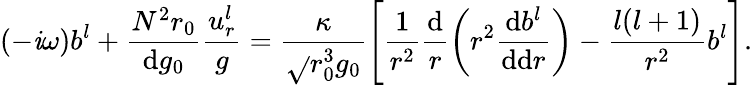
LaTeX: (-\mathit{i}\omega)b^{l}+\frac{{N^{2}r_{0}}}{{\mathrm{{d}}g_{0}}}\frac{{u_{r}^{l}}}{{g}}=\frac{{\kappa}}{{\sqrt{}{{r_{0}^{3}g_{0}}}}}\Bigg[\frac{{1}}{{r^{2}}}\frac{{\mathrm{{d}}}}{{r}}\bigg(r^{2}\frac{{\mathrm{{d}}b^{l}}}{{\mathrm{{d}}\mathrm{{d}}r}}\bigg)-\frac{{l(l+1)}}{{r^{2}}}b^{l}\Bigg].